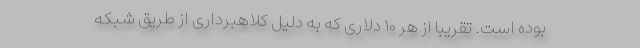
بوده است. تقریبا از هر ۱۰ دلاری که به دلیل کلاهبرداری از طریق شبکه